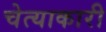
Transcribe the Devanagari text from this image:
चेत्याकारी